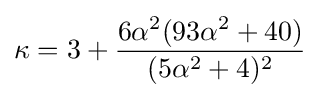
\kappa =3+{\frac {6\alpha ^{2}(93\alpha ^{2}+40)}{(5\alpha ^{2}+4)^{2}}}